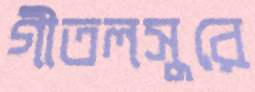
গীতলসুরে